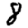
Digit: 8